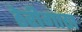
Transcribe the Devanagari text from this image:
ठेरीगाठा